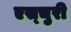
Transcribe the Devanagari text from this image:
एस्चुरी